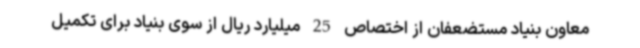
معاون بنیاد مستضعفان از اختصاص 25 میلیارد ریال از سوی بنیاد برای تکمیل